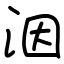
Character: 洇